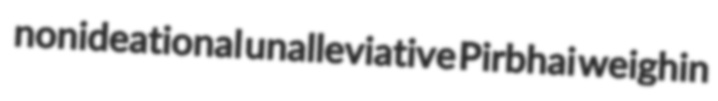
nonideational unalleviative Pirbhai weighin